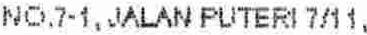
NO.7-1, JALAN PUTERI 7/11,